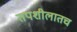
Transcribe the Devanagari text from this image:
तपशीलातच